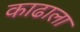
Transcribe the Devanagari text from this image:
काढाला